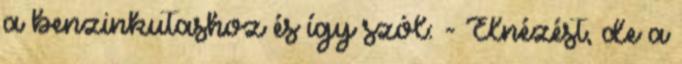
a benzinkutashoz és így szól: - Elnézést, de a